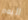
اليوم